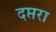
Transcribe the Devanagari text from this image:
दप्तरा